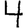
Digit: 4